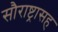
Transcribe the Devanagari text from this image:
सौराष्ट्रासह